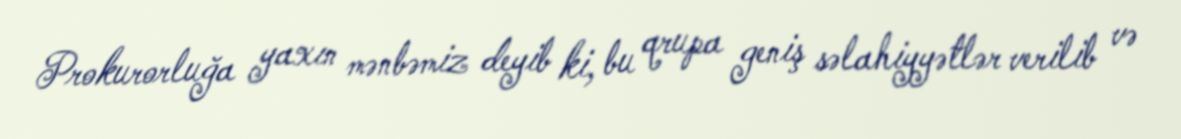
Prokurorluğa yaxın mənbəmiz deyib ki, bu qrupa geniş səlahiyyətlər verilib və